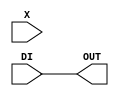
module ultra_slice_carry_dimux #(
	parameter SEL = "DI"
) (
	input DI, X,
	output OUT
);
	generate
		case(SEL)
			"DI": assign OUT = DI;
			"X":  assign OUT = X;
		endcase
	endgenerate
endmodule